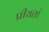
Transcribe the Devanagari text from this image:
प्रीयतां